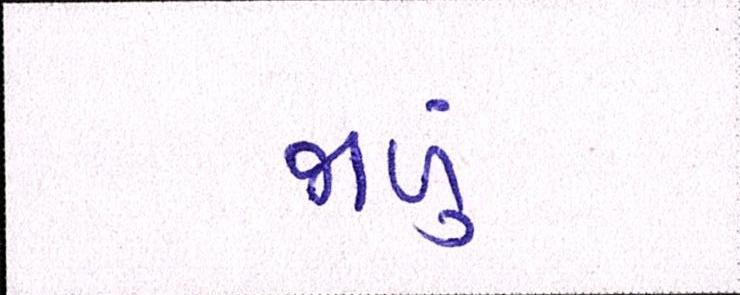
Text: જાળું